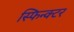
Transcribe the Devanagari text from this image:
स्फिन्क्टर